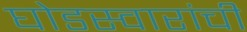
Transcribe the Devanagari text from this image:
घोडस्वारांची